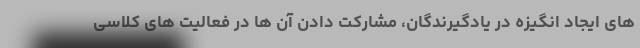
های ایجاد انگیزه در یادگیرندگان، مشارکت دادن آن ها در فعالیت های کلاسی